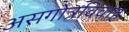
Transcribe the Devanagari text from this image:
असगोत्रविवाह